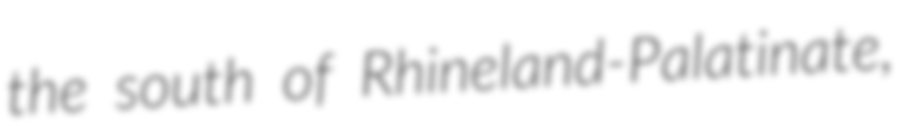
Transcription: the south of Rhineland-Palatinate,